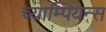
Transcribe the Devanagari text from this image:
च्याम्पियन्स